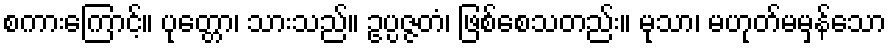
စကားကြောင့်။ ပုတ္တော၊ သားသည်။ ဥပ္ပဇ္ဇတံ၊ ဖြစ်စေသတည်း။ မုသာ၊ မဟုတ်မမှန်သော